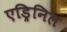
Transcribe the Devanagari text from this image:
एड्रिनिल